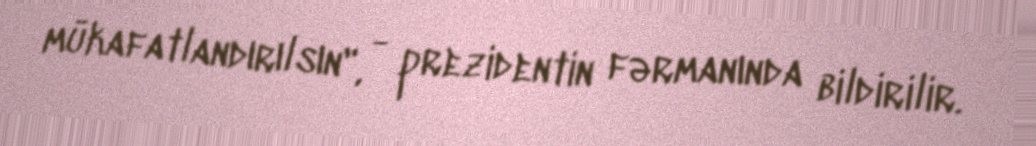
mükafatlandırılsın", - prezidentin fərmanında bildirilir.